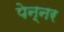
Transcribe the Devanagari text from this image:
पेन्नर